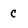
Character: C